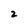
Character: 2